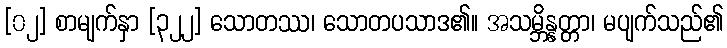
[၀၂] စာမျက်နှာ [၃၂၂] သောတဿ၊ သောတပသာဒ၏။ အသမ္ဘိန္နတ္တာ၊ မပျက်သည်၏